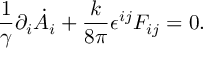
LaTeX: \frac { 1 } { \gamma } \partial _ { i } \dot { A } _ { i } + \frac { k } { 8 \pi } \epsilon ^ { i j } F _ { i j } = 0 .